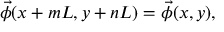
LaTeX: \vec { \phi } ( x + m L , y + n L ) = \vec { \phi } ( x , y ) ,